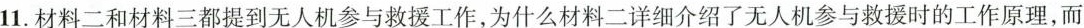
11.材料二和材料三都提到无人机参与救援工作，为什么材料二详细介绍了无人机参与救援时的工作原理，而